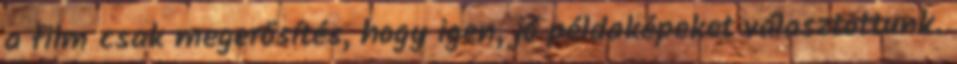
a film csak megerősítés, hogy igen, jó példaképeket választottunk.